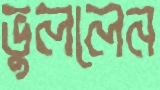
ভুললেন